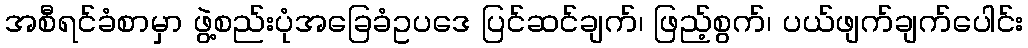
အစီရင်ခံစာမှာ ဖွဲ့စည်းပုံအခြေခံဥပဒေ ပြင်ဆင်ချက်၊ ဖြည့်စွက်၊ ပယ်ဖျက်ချက်ပေါင်း